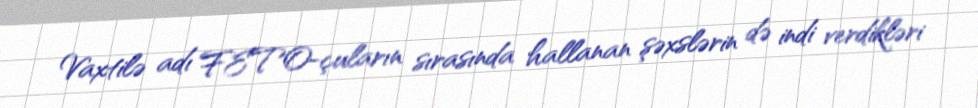
Vaxtilə adı FETO-çuların sırasında hallanan şəxslərin də indi verdikləri